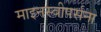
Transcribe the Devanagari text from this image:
माइनस्वीपर्सना